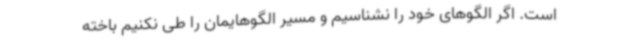
است. اگر الگوهای خود را نشناسیم و مسیر الگوهایمان را طی نکنیم باخته